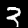
Digit: 3